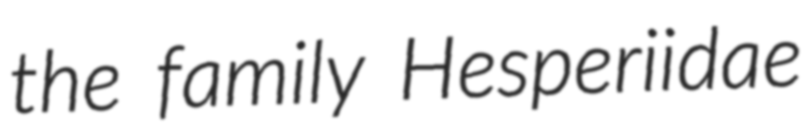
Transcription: the family Hesperiidae